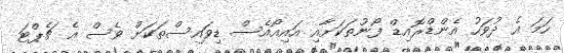
ހަމަ އެ ދުވަހު އެންޑްރޮއިޑް ފޯނުތަކަށާއި އައިއޯއެސް ޑިވައިސްތަކަށް ވެސް އެ ޗެޕްޓަ